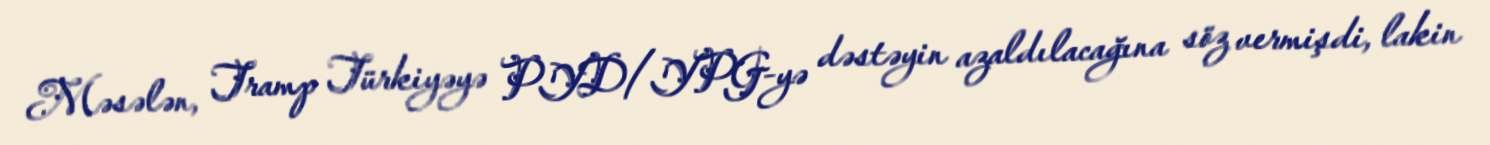
Məsələn, Tramp Türkiyəyə PYD/YPG-yə dəstəyin azaldılacağına söz vermişdi, lakin